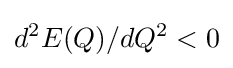
d^{2}E(Q)/dQ^{2}<0